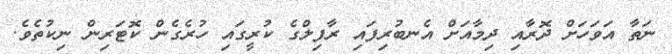
ނަތާ އަވަހަށް ދޮރާއި ދިމާއަށް އެނބުރިފައި ރާފިލްގެ ކުރީގައި ހުރެގެން ކޮޓަރިން ނިކުތެވެ.